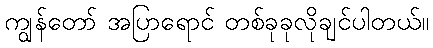
ကျွန်တော် အပြာရောင် တစ်ခုခုလိုချင်ပါတယ်။